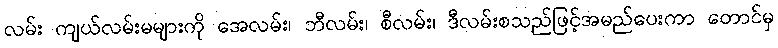
လမ်း ကျယ်လမ်းမများကို အေလမ်း၊ ဘီလမ်း၊ စီလမ်း၊ ဒီလမ်းစသည်ဖြင့်အမည်ပေးကာ တောင်မှ